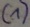
Text: (1)